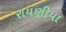
રાયણીયા